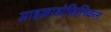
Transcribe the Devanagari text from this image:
साइक्राडोफ़िलिकल